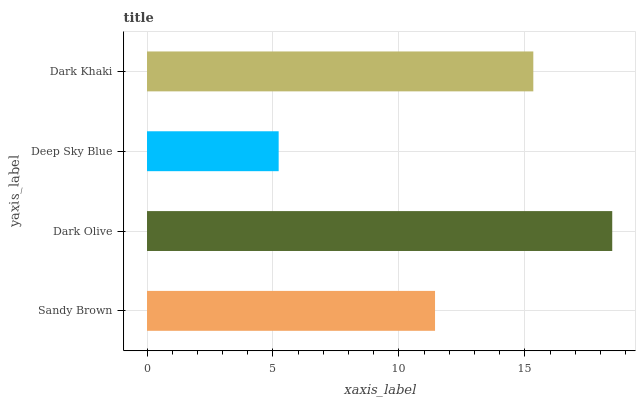
| yaxis_label | bars |
 | --- | --- |
 | Sandy Brown | 11.4 |
 | Dark Olive | 18.5 |
 | Deep Sky Blue | 5.23 |
 | Dark Khaki | 15.3 |